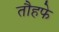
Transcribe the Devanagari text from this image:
तौहफे